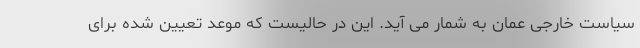
سیاست خارجی عمان به شمار می آید. این در حالیست که موعد تعیین شده برای